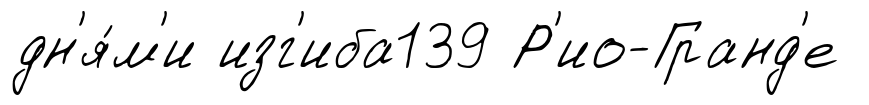
дн'я́м'и изг'иба139 Р'ио-Гранд'е